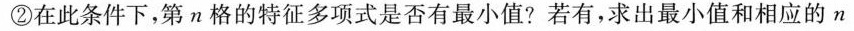
②在此条件下，第n格的特征多项式是否有最小值?若有，求出最小值和相应的n